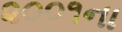
૨૦૦૧ના